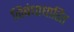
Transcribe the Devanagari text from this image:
निबंधाधारित